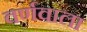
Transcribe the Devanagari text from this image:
वर्णवाला